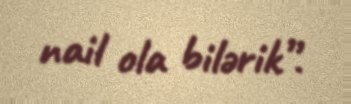
nail ola bilərik”.